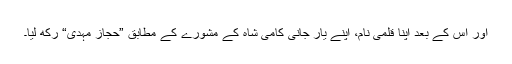
اور اس کے بعد اپنا قلمی نام، اپنے یارِ جانی کامیؔ شاہ کے مشورے کے مطابق ”حجازؔ مہدی“ رکھ لیا۔